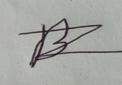
Signature authenticity: forged